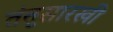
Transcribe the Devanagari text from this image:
तंतूसारखी